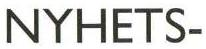
NYHETS-